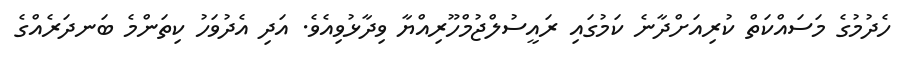
ހެދުމުގެ މަސައްކަތް ކުރިއަށްދާނެ ކަމުގައި ރައީސުލްޖުމްހޫރިއްޔާ ވިދާޅުވިއެވެ. އަދި އެދުވަހު ކިތަންމެ ބަނދަރެއްގެ